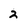
Character: 2